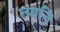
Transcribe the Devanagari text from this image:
त्यानि